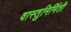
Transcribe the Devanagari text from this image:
वास्तुनिर्मिती